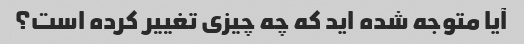
آیا متوجه شده اید که چه چیزی تغییر کرده است؟